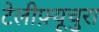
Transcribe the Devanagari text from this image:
टेलीफ़्यूचुरा